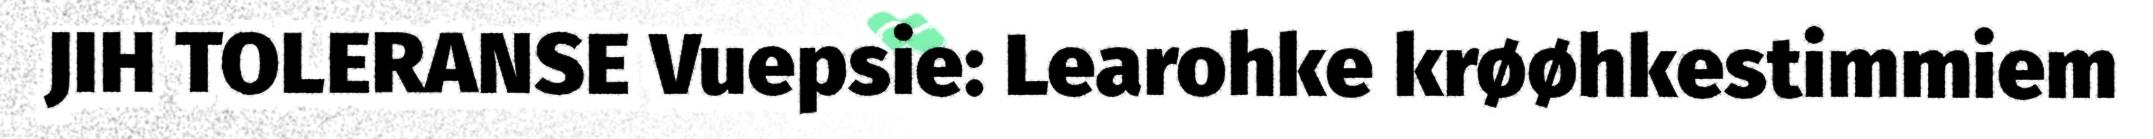
JIH TOLERANSE Vuepsie: Learohke krøøhkestimmiem